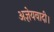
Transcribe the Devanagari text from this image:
अज्ञेयवादी।